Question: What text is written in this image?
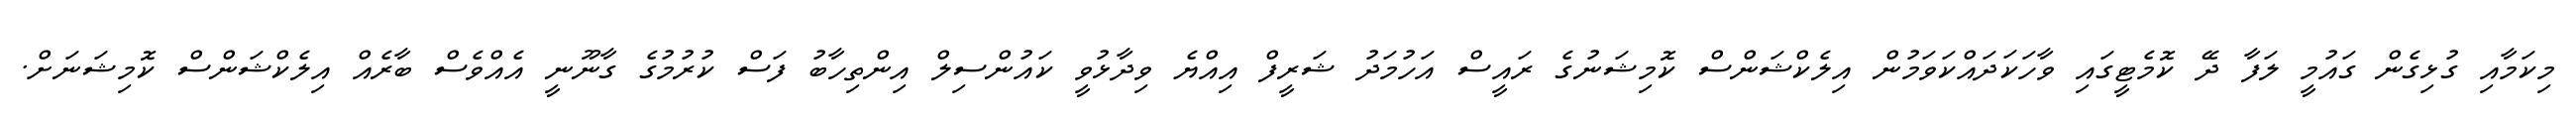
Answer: މިކަމާއި ގުޅިގެން ގައުމީ ލަފާ ދޭ ކޮމެޓީގައި ވާހަކަދައްކަވަމުން އިލެކްޝަންސް ކޮމިޝަނުގެ ރައީސް އަހުމަދު ޝަރީފް އިއްޔެ ވިދާޅުވީ ކައުންސިލް އިންތިހާބު ފަސް ކުރުމުގެ ގާނޫނީ އެއްވެސް ބާރެއް އިލެކްޝަންސް ކޮމިޝަނަށް.